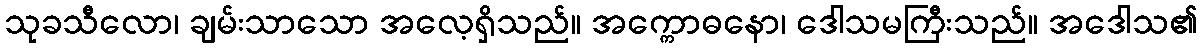
သုခသီလော၊ ချမ်းသာသော အလေ့ရှိသည်။ အက္ကောဓနော၊ ဒေါသမကြီးသည်။ အဒေါသ၏